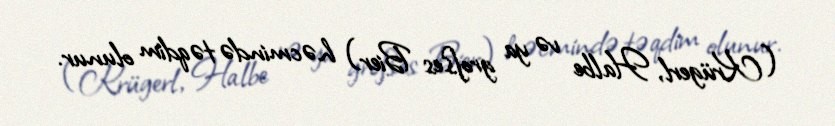
(Krügerl, Halbe və ya großes Bier) həcmində təqdim olunur.